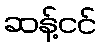
ဆန့်ငင်